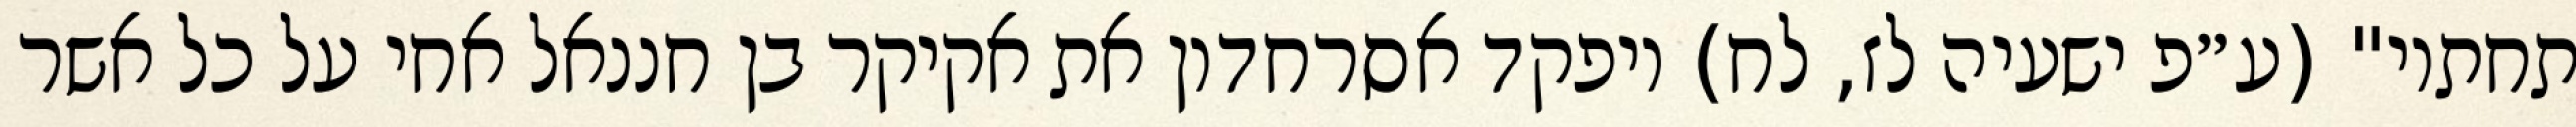
תחתיו" (ע״פ ישעיה לז, לח) ויפקד אסרחדון את אקיקר בן חננאל אחי על כל אשר